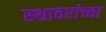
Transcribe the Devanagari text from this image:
स्थावरांच्या